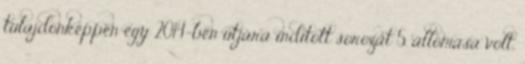
tulajdonképpen egy 2014-ben útjára indított sorozat 5. állomása volt,